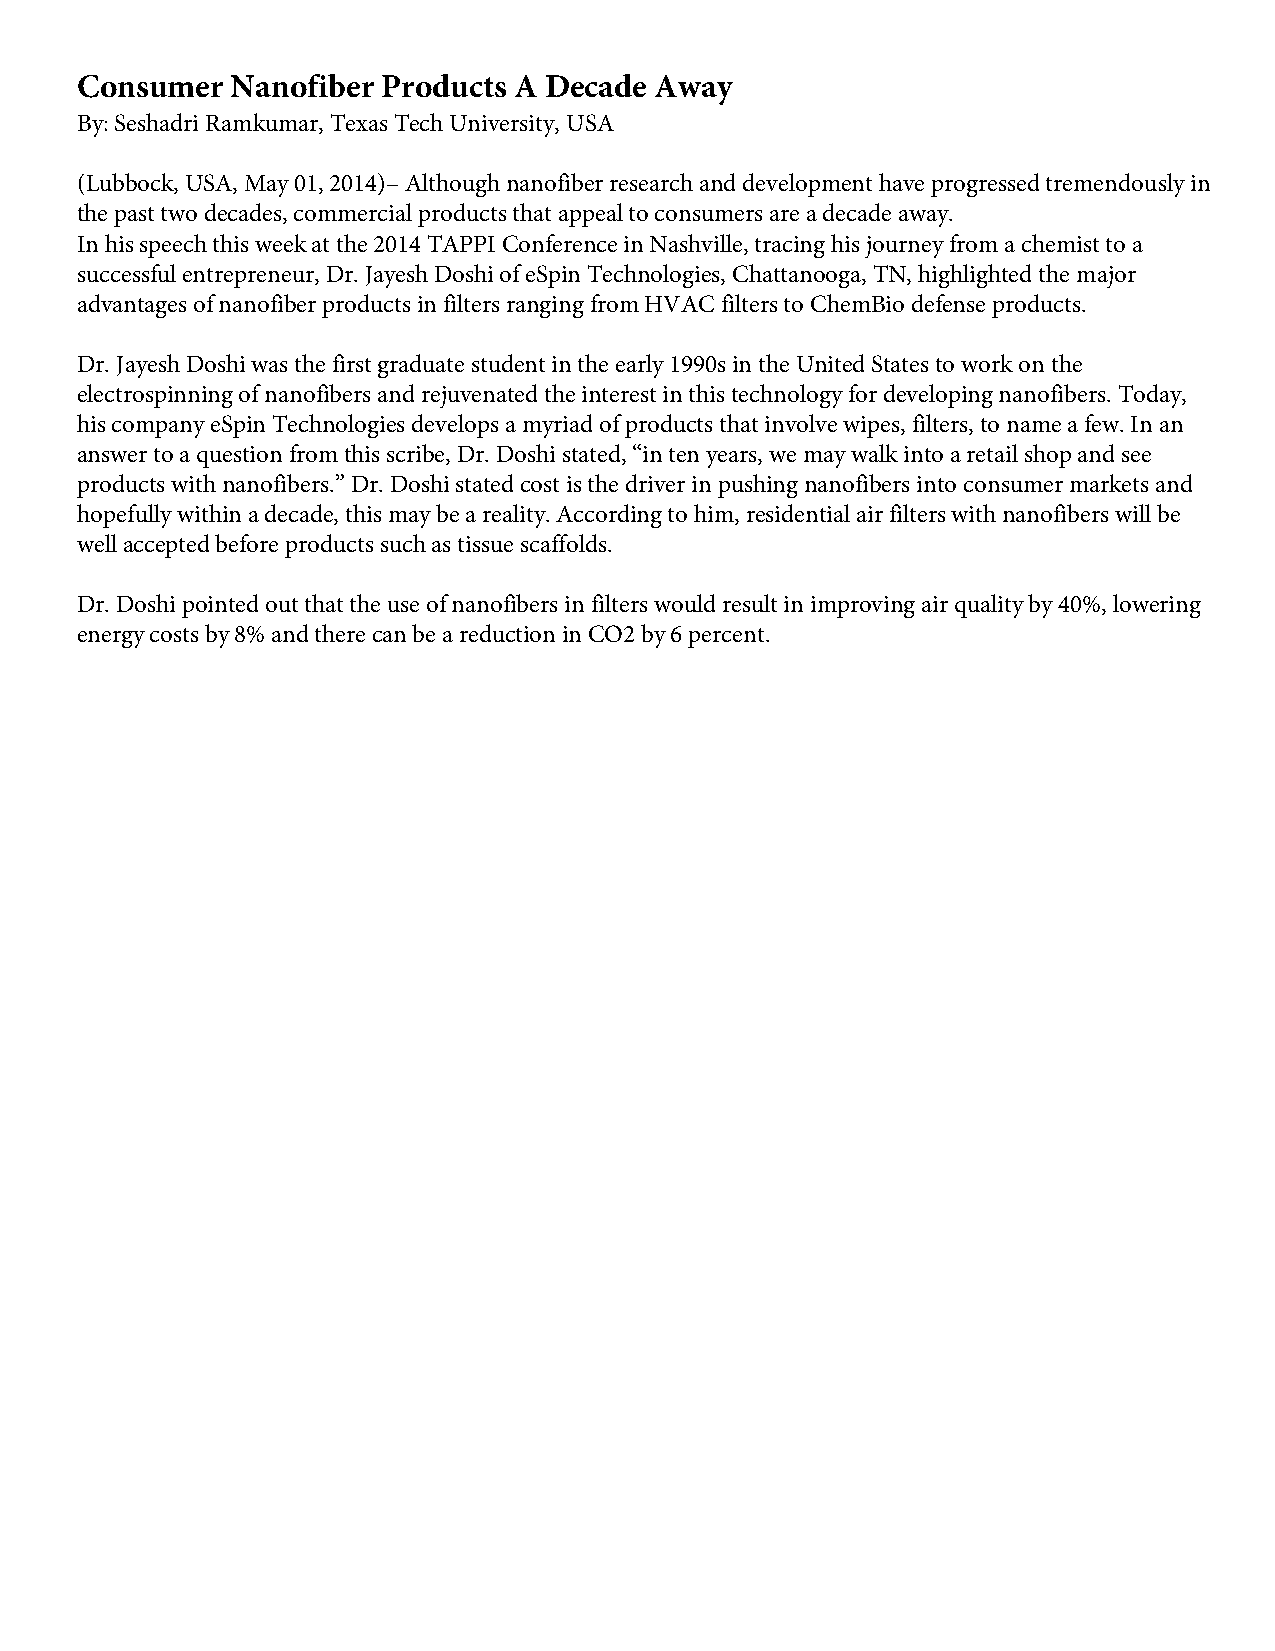
Consumer  Nanofiber Products A Decade Away
 By: Seshadri Ramkumar, Texas Tech University, USA
 (Lubbock, USA, May 01, 2014)– Although nanofiber research and development have progressed tremendously in
 the past two decades, commercial products that appeal to consumers are a decade away.
 In his speech this week at the 2014 TAPPI Conference in Nashville, tracing his journey from a chemist to a
 successful entrepreneur, Dr. Jayesh Doshi of eSpin Technologies, Chattanooga, TN, highlighted the major
 advantages of nanofiber products in filters ranging from HVAC filters to ChemBio defense products.
 Dr. Jayesh Doshi was the first graduate student in the early 1990s in the United States to work on the
 electrospinning of nanofibers and rejuvenated the interest in this technology for developing nanofibers. Today,
 his company eSpin Technologies develops a myriad of products that involve wipes, filters, to name a few. In an
 answer to a question from this scribe, Dr. Doshi stated, “in ten years, we may walk into a retail shop and see
 products with nanofibers.” Dr. Doshi stated cost is the driver in pushing nanofibers into consumer markets and
 hopefully within a decade, this may be a reality. According to him, residential air filters with nanofibers will be
 well accepted before products such as tissue scaffolds.
 Dr. Doshi pointed out that the use of nanofibers in filters would result in improving air quality by 40%, lowering
 energy costs by 8% and there can be a reduction in CO2 by 6 percent.